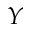
Y